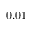
0 . 0 1